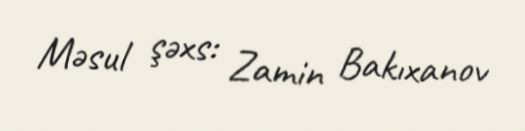
Məsul şəxs: Zamin Bakıxanov